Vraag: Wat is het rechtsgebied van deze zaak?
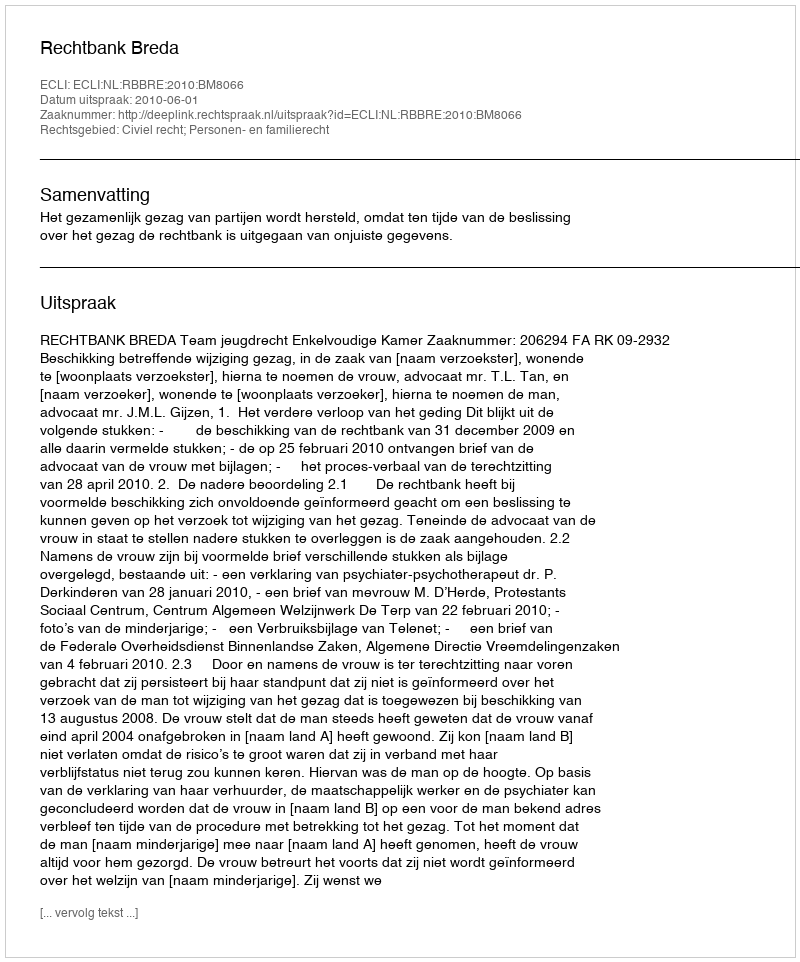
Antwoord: Civiel recht; Personen- en familierecht